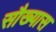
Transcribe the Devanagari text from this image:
सौख्यास